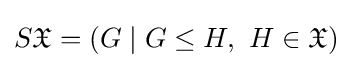
S{\mathfrak {X}}=(G\mid G\leq H,\ H\in {\mathfrak {X}})